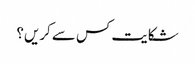
شکایت کس سے کریں؟